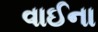
વાઈના